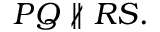
P Q \not \parallel R S .